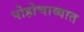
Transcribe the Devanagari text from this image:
पोहोचाव्यात